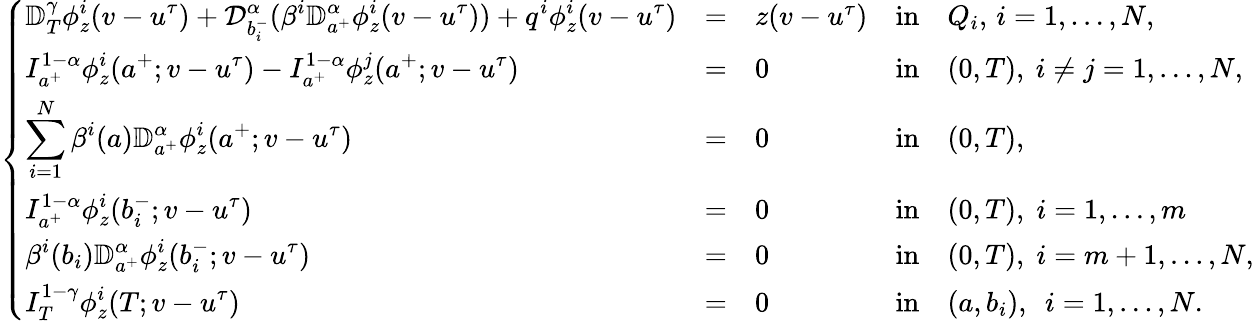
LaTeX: \left\{ \begin{array}{lllllllllllllllll}{\displaystyle\mathbb{D}_{T}^{\gamma}\phi_{z}^{i}(v-u^{\tau})+\mathcal{D}_{b_{i}^{-}}^{\alpha}(\beta^{i}\mathbb{D}_{a^{+}}^{\alpha}\phi_{z}^{i}(v-u^{\tau}))+q^{i}\phi_{z}^{i}(v-u^{\tau})}&{=}&{z(v-u^{\tau})}&{\mathrm{in}}&{Q_{i},\, i=1,\dots,N,}\\ {\displaystyle I_{a^{+}}^{1-\alpha}\phi_{z}^{i}(a^{+};v-u^{\tau})-I_{a^{+}}^{1-\alpha}\phi_{z}^{j}(a^{+};v-u^{\tau})}&{=}&{0}&{\mathrm{in}}&{(0,T),~i\neq j=1,\dots,N,}\\ {\displaystyle\sum_{i=1}^{N}\beta^{i}(a)\mathbb{D}_{a^{+}}^{\alpha}\phi_{z}^{i}(a^{+};v-u^{\tau})}&{=}&{0}&{\mathrm{in}}&{(0,T),}\\ {\displaystyle I_{a^{+}}^{1-\alpha}\phi_{z}^{i}(b_{i}^{-};v-u^{\tau})}&{=}&{0}&{\mathrm{in}}&{(0,T),\; i=1,\dots,m}\\ {\displaystyle\beta^{i}(b_{i})\mathbb{D}_{a^{+}}^{\alpha}\phi_{z}^{i}(b_{i}^{-};v-u^{\tau})}&{=}&{0}&{\mathrm{in}}&{(0,T),\; i=m+1,\dots,N,}\\ {\displaystyle I_{T}^{1-\gamma}\phi_{z}^{i}(T;v-u^{\tau})}&{=}&{0}&{\mathrm{in}}&{(a,b_{i}),~~i=1,\dots,N.}\end{array}\right.